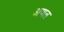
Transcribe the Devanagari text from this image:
अणत